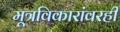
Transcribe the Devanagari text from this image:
मूत्रविकारांवरही